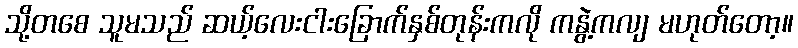
သို့တစေ သူမသည် ဆယ့်လေးငါးခြောက်နှစ်တုန်းကလို ကနွဲ့ကလျ မဟုတ်တော့။